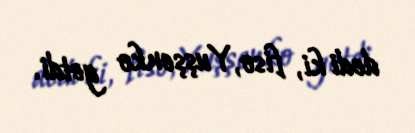
dedi ki, fiso, Yuşşenko getdi.